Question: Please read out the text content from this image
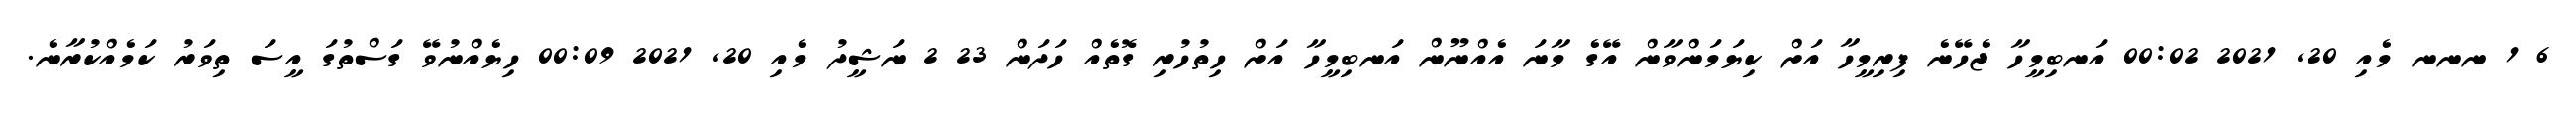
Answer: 6 1 ނނނ މެއި 20, 2021 00:02 އަނބިމީހާ ޖެހޭނެ ފިރިމީހާ އަށް ކިޔަމަންވާން އޭގެ މާނަ އެއްނޫން އަނބިމީހާ އަށް ހިތުހުރި ގޮތެއް ހަދަން 23 2 ނަޝީދު މެއި 20, 2021 00:09 ހިޔެއްނުވޭ ގަސްތުގަ އީސަ ތިވަރު ކަމެއްކުރާނެ.